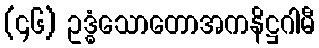
(၄၆) ဥဒ္ဓံသောတောအကနိဋ္ဌဂါမီ